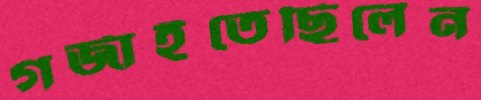
গর্জাইতেছিলেন